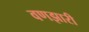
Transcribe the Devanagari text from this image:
वणझारी